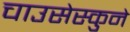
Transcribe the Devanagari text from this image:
चाउसेस्कुने